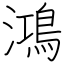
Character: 鴻